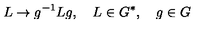
L \rightarrow g ^ { - 1 } L g , \quad L \in G ^ { * } , \quad g \in G